Indian Civil Veterinary Department memoirs
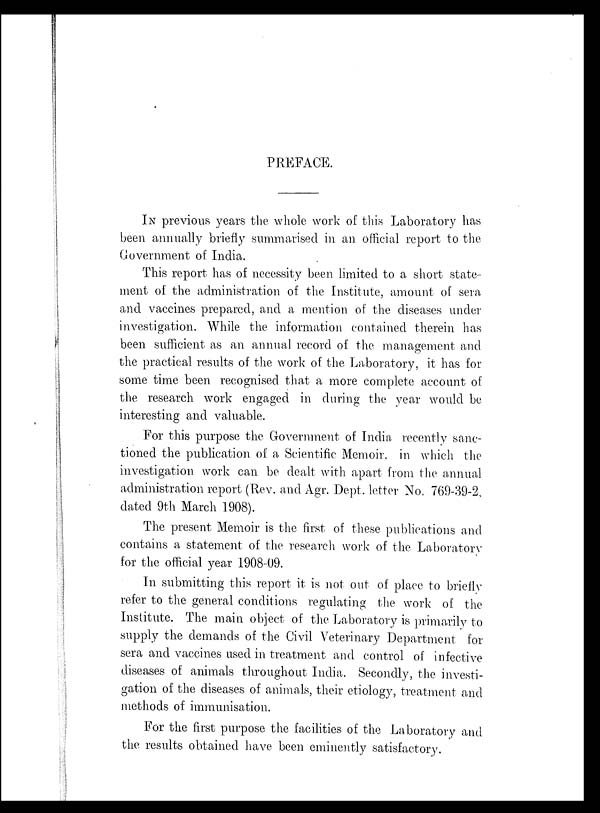
PREFACE.
IN previous years the whole work of this Laboratory has
been annually briefly summarised in an official report to the
Government of India.
This report has of necessity been limited to a short state-
ment of the administration of the Institute, amount of sera
and vaccines prepared, and a mention of the diseases under
investigation. While the information contained therein has
been sufficient as an annual record of the management and
the practical results of the work of the Laboratory, it has for
some time been recognised that a more complete account of
the research work engaged in during the year would be
interesting and valuable.
For this purpose the Government of India recently sanc-
tioned the publication of a Scientific Memoir, in which the
investigation work can be dealt with apart from the annual
administration report (Rev. and Agr. Dept. letter No. 769-39-2,
dated 9th March 1908).
The present Memoir is the first of these publications and
contains a statement of the research work of the Laboratory
for the official year 1908-09.
In submitting this report it is not out of place to briefly
refer to the general conditions regulating the work of the
Institute. The main object of the Laboratory is primarily to
supply the demands of the Civil Veterinary Department for
sera and vaccines used in treatment and control of infective
diseases of animals throughout India. Secondly, the investi-
gation of the diseases of animals, their etiology, treatment and
methods of immunisation.
For the first purpose the facilities of the Laboratory and
the results obtained have been eminently satisfactory.